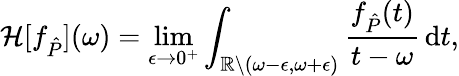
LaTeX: \mathcal H[f_{\hat{P}}](\omega)=\operatorname*{lim}_{\epsilon\to 0^{+}}\int_{\mathbb R\setminus(\omega-\epsilon,\omega+\epsilon)}\frac{f_{\hat{P}}(t)}{t-\omega}\, \mathrm dt,